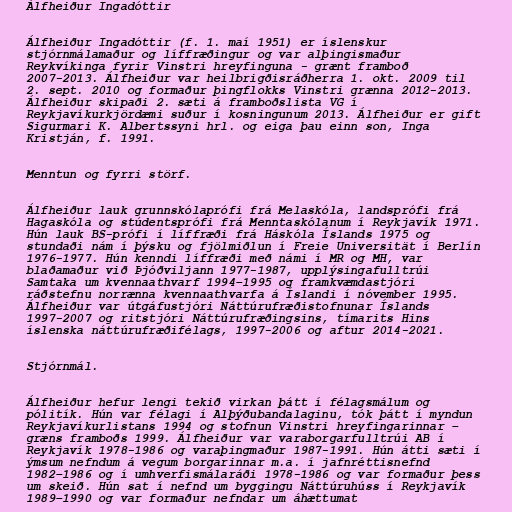
Álfheiður Ingadóttir

Álfheiður Ingadóttir (f. 1. maí 1951) er íslenskur
stjórnmálamaður og líffræðingur og var alþingismaður
Reykvíkinga fyrir Vinstri hreyfinguna - grænt framboð
2007-2013. Álfheiður var heilbrigðisráðherra 1. okt. 2009 til
2. sept. 2010 og formaður þingflokks Vinstri grænna 2012-2013.
Álfheiður skipaði 2. sæti á framboðslista VG í
Reykjavíkurkjördæmi suður í kosningunum 2013. Álfheiður er gift
Sigurmari K. Albertssyni hrl. og eiga þau einn son, Inga
Kristján, f. 1991.

Menntun og fyrri störf.

Álfheiður lauk grunnskólaprófi frá Melaskóla, landsprófi frá
Hagaskóla og stúdentsprófi frá Menntaskólanum í Reykjavík 1971.
Hún lauk BS-prófi í líffræði frá Háskóla Íslands 1975 og
stundaði nám í þýsku og fjölmiðlun í Freie Universität í Berlín
1976-1977. Hún kenndi líffræði með námi í MR og MH, var
blaðamaður við Þjóðviljann 1977-1987, upplýsingafulltrúi
Samtaka um kvennaathvarf 1994–1995 og framkvæmdastjóri
ráðstefnu norrænna kvennaathvarfa á Íslandi í nóvember 1995.
Álfheiður var útgáfustjóri Náttúrufræðistofnunar Íslands
1997-2007 og ritstjóri Náttúrufræðingsins, tímarits Hins
íslenska náttúrufræðifélags, 1997-2006 og aftur 2014-2021.

Stjórnmál.

Álfheiður hefur lengi tekið virkan þátt í félagsmálum og
pólitík. Hún var félagi í Alþýðubandalaginu, tók þátt í myndun
Reykjavíkurlistans 1994 og stofnun Vinstri hreyfingarinnar –
græns framboðs 1999. Álfheiður var varaborgarfulltrúi AB í
Reykjavík 1978-1986 og varaþingmaður 1987-1991. Hún átti sæti í
ýmsum nefndum á vegum borgarinnar m.a. í jafnréttisnefnd
1982–1986 og í umhverfismálaráði 1978-1986 og var formaður þess
um skeið. Hún sat í nefnd um byggingu Náttúruhúss í Reykjavík
1989–1990 og var formaður nefndar um áhættumat